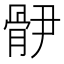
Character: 𩨫